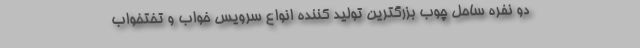
دو نفره ساحل چوب بزرگترین تولید کننده انواع سرویس خواب و تختخواب